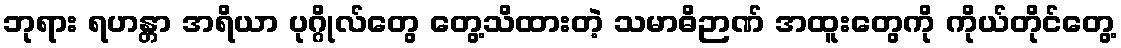
ဘုရား ရဟန္တာ အရိယာ ပုဂ္ဂိုလ်တွေ တွေ့သိထားတဲ့ သမာဓိဉာဏ် အထူးတွေကို ကိုယ်တိုင်တွေ့